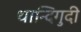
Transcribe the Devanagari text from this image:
थान्दिगुदी